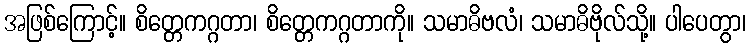
အဖြစ်ကြောင့်။ စိတ္တေကဂ္ဂတာ၊ စိတ္တေကဂ္ဂတာကို။ သမာဓိဗလံ၊ သမာဓိဗိုလ်သို့။ ပါပေတွာ၊